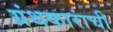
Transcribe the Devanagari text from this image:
ग्रंथकारांची